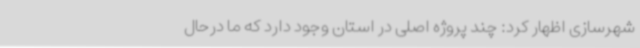
شهرسازی اظهار کرد: چند پروژه اصلی در استان وجود دارد که ما درحال